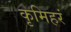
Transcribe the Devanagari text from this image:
कृमिहरं